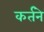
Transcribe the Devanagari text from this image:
कर्तने